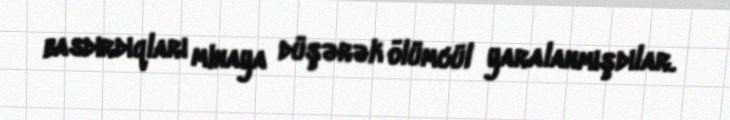
basdırdıqları minaya düşərək ölümcül yaralanmışdılar.